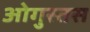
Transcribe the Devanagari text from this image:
ओगुस्तस